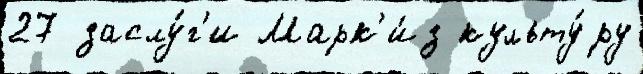
27 заслу́г'и Марк'и́з культу́ру